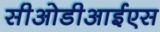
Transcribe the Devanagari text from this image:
सीओडीआईएस